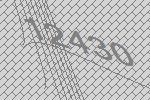
12430